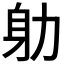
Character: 𭄨